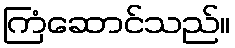
ကြံဆောင်သည်။